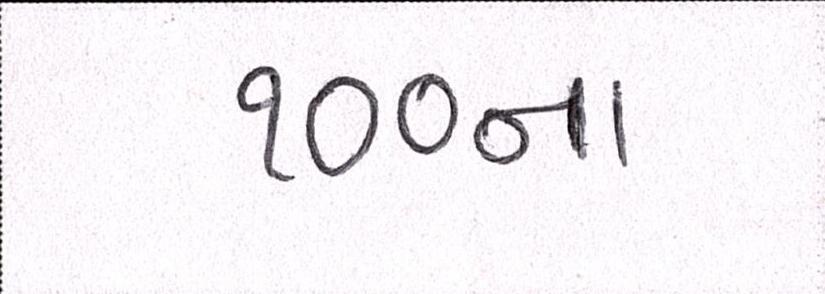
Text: ૧૦૦ના